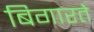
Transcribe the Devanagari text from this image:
बिगारते